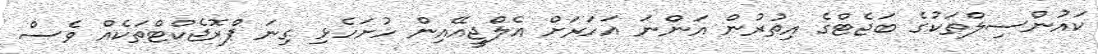
ކައުންސިލްތަކުގެ ބަޖެޓްގެ އިތުރުން އަންނަ އަހަރަށް އެލްޖީއޭއިން ހުށަހެޅި ގިނަ ޕްރޮޖެކްޓްތަކެއް ވެސް